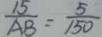
\frac { 1 5 } { A B } = \frac { 5 } { 1 5 0 }